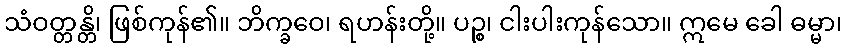
သံဝတ္တန္တိ၊ ဖြစ်ကုန်၏။ ဘိက္ခဝေ၊ ရဟန်းတို့။ ပဉ္စ၊ ငါးပါးကုန်သော။ ဣမေ ခေါ ဓမ္မာ၊